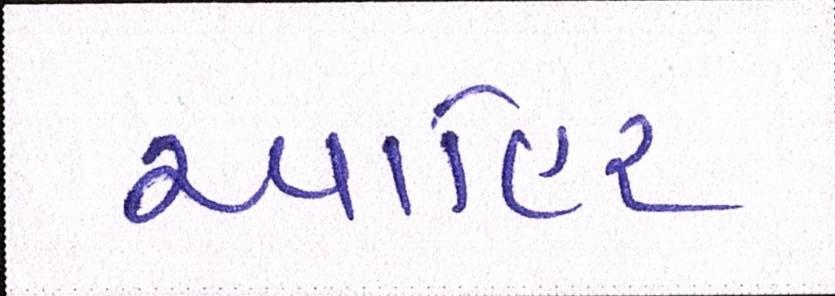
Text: આહિર